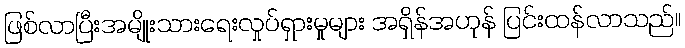
ဖြစ်လာပြီးအမျိုးသားရေးလှုပ်ရှားမှုများ အရှိန်အဟုန် ပြင်းထန်လာသည်။